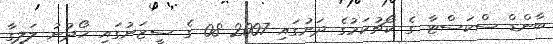
ބާންޑް ސްކަސްޓާ ގެ ކޯޗުކަމުގެ ދަށުގައި 2007-08 ގެ ސީޒަނުގައި ހޯދުނު ލަލީގާ